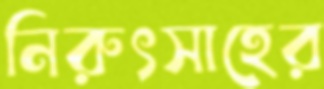
নিরুৎসাহের